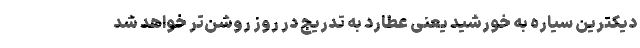
دیکترین سیاره به خورشید یعنی عطارد به تدریج در روز روشن‌تر خواهد شد